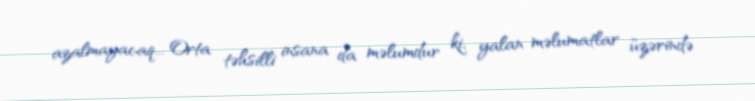
azalmayacaq... Orta təhsilli insana da məlumdur ki, yalan məlumatlar üzərində